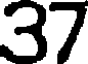
37